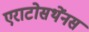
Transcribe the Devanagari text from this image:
एराटोसथेंनस